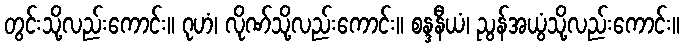
တွင်းသို့လည်းကောင်း။ ဂုဟံ၊ လိုဏ်သို့လည်းကောင်း။ စန္ဒနီယံ၊ ညွန်အယွံသို့လည်းကောင်း။